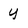
Character: y